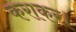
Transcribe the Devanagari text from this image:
कराकर।